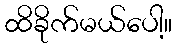
ထိခိုက်မယ်ပေါ့။